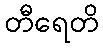
တီရေတိ